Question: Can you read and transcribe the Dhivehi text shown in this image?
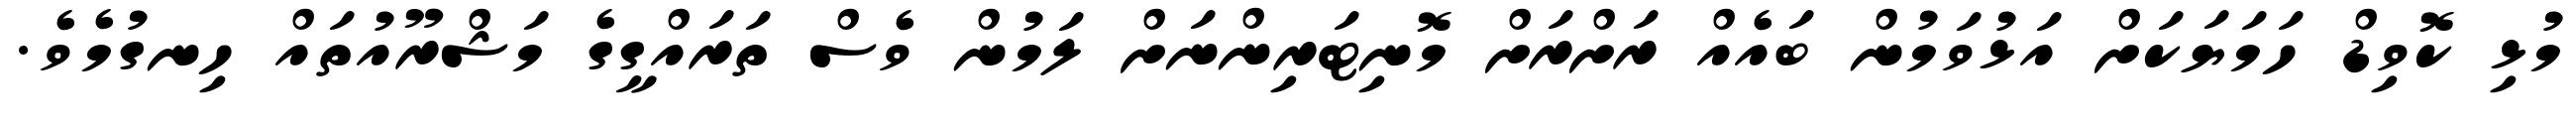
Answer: މުޅި ކޮވިޑް ހަމަޔަކަށް އަޅުވަމުން ބައެއް ރަށްރަށް މޮނިޓަރިންނަށް ލަމުން ވެސް ތަރައްގީގެ މަޝްރޫއުތައް ހިނގުމެވެ.